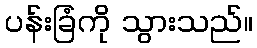
ပန်းခြံကို သွားသည်။